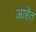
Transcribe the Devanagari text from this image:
आहॆत